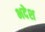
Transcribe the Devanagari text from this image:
भदेश